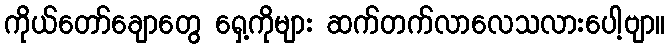
ကိုယ်တော်ချောတွေ ရှေ့ကိုများ ဆက်တက်လာလေသလားပေါ့ဗျာ။